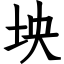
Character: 坱